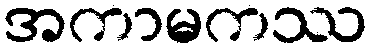
အကာမကဿ